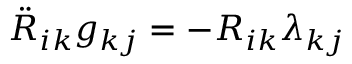
\ddot { R } _ { i k } g _ { k j } = - R _ { i k } \lambda _ { k j }